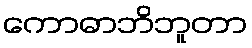
ကောဓာဘိဘူတာ